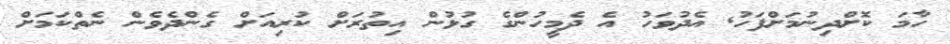
ހާމަ ކޮށްދިނުމަށްފަހު